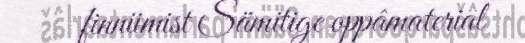
finniimist Sämitige oppâmaterial